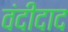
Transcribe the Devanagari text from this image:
वंदीदाद